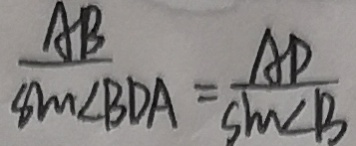
\frac { A B } { \sin \angle B D A } = \frac { A D } { \sin \angle B }